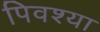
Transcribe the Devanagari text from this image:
पिवश्या